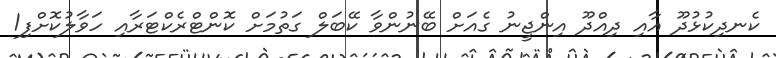
ކެނދިކުޅުދޫ އާއި ދިއްދޫ އިންޖީނު ގެއަށް ބޭނުންވާ ކޭބަލް ގަތުމަށް ކޮންޓްރެކްޓަރާއި ހަވާލުކޮށްފި1